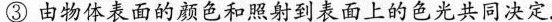
③由物体表面的颜色和照射到表面上的色光共同决定.